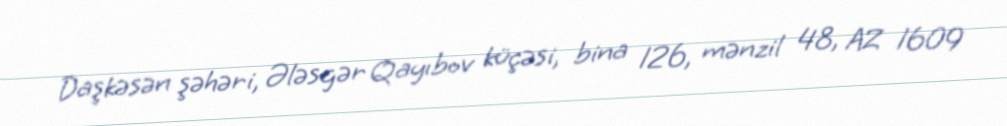
Daşkəsən şəhəri, Ələsgər Qayıbov küçəsi, bina 126, mənzil 48, AZ 1609